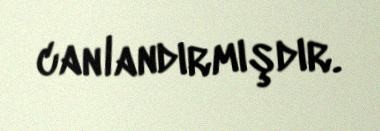
canlandırmışdır.